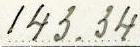
143.34